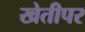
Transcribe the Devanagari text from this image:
खेतीपर